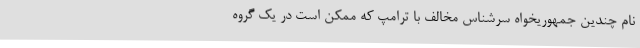
نام چندین جمهوریخواه سرشناس مخالف با ترامپ که ممکن است در یک گروه